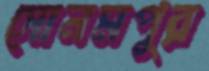
সোনমপুর